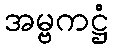
အမ္ဗကဋ္ဌံ